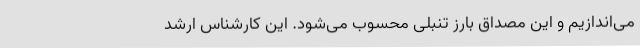
می‌اندازیم و این مصداق بارز تنبلی محسوب می‌شود. این کارشناس ارشد